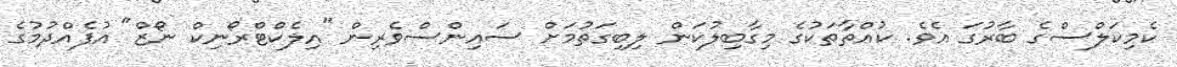
ކެމިކަލްސްގެ ބާރުގަ އެވެ. ކުއްތާތަކުގެ މިގާބިލުކަން ލިބިގަތުމަށް ސައިންސްވެރިން "އިލެކްޓްރޯނިކް ނޯޒް" އުފެއްދުމުގެ